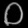
Digit: ၀